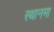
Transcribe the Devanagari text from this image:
स्थानमा